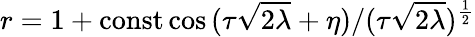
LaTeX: r=1+\mathrm{const}\cos{(\tau\sqrt{2\lambda}+\eta)}/(\tau\sqrt{2\lambda})^{{\frac{1}{2}}}